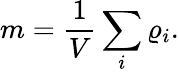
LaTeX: m=\frac{1}{V}\sum_{i}\varrho_{i}.